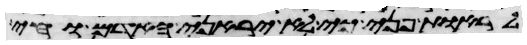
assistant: לראות פני כי לא יראני האדם וחי